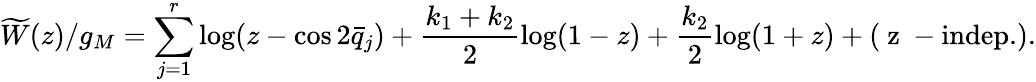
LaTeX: \widetilde{W}(z)/g_{M}=\sum_{j=1}^{r}\log(z-\cos 2\bar{q}_{j})+\frac{k_{1}+k_{2}}{2}\log(1-z)+\frac{k_{2}}{2}\log(1+z)+(\mathrm{~z~-indep.}).